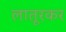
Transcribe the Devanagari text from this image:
लातूरकर